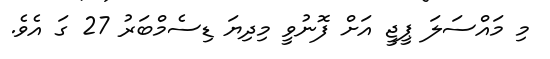
މި މައްސަލަ ޕީޖީ އަށް ފޮނުވީ މިދިޔަ ޑިސެމްބަރު 27 ގަ އެވެ.